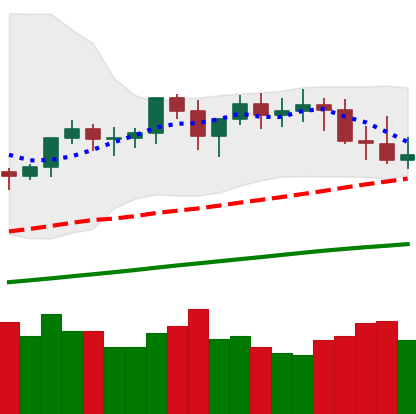
Ticker: XMR-USD
Chart end date: 2021-03-25
Forward return: 14.819%
Label: up_7plus